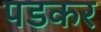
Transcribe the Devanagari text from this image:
पडकर